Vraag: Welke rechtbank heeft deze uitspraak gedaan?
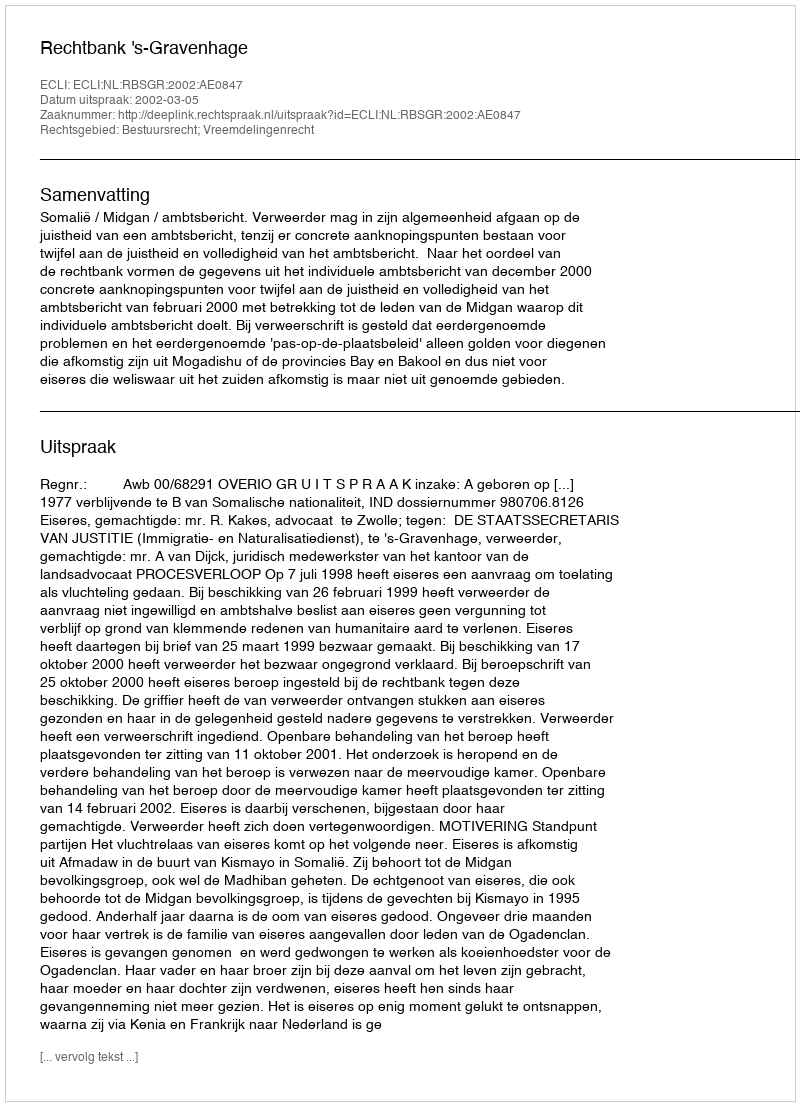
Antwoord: Rechtbank 's-Gravenhage